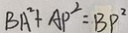
B A ^ { 2 } + A P ^ { 2 } = B P ^ { 2 }